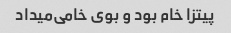
پیتزا خام بود و بوی خامی‌میداد